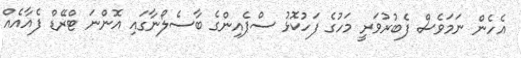
އެހެން ނަމަވެސް ފެބުރުވަރީ މަހުގެ ފަހުކޮޅު ސްޕެއިންގެ ބާސެލޯނާގައި އޮންނަ ޓްރޭޑް ފެއާއެއް